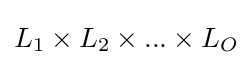
L_{1}\times L_{2}\times ...\times L_{O}